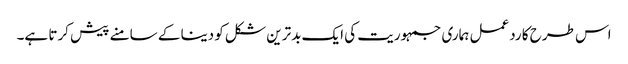
اس طرح کا ردعمل ہماری جمہوریت کی ایک بدترین شکل کو دینا کے سامنے پیش کرتا ہے۔